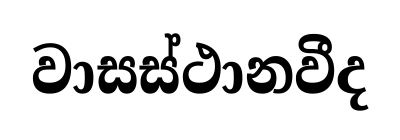
වාසස්ථානවීද